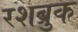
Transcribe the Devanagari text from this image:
रशब्रुक